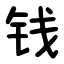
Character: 钱